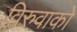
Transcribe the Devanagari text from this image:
विरुवाको